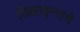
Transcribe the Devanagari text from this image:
डिझाइन्सचे